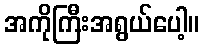
အကိုကြီးအရွယ်ပေါ့။